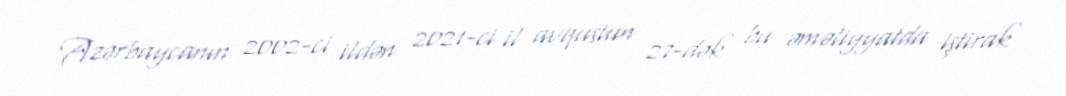
Azərbaycanın 2002-ci ildən 2021-ci il avqustun 27-dək bu əməliyyatda iştirak